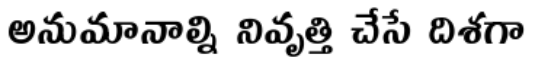
అనుమానాల్ని నివృత్తి చేసే దిశగా